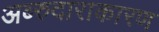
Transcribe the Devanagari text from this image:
अब्‍रुदाराकारण